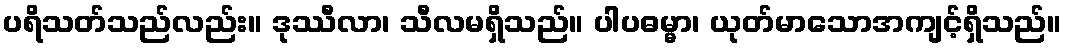
ပရိသတ်သည်လည်း။ ဒုဿီလာ၊ သီလမရှိသည်။ ပါပဓမ္မာ၊ ယုတ်မာသောအကျင့်ရှိသည်။